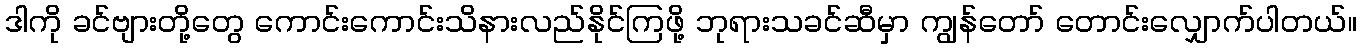
ဒါကို ခင်ဗျားတို့တွေ ကောင်းကောင်းသိနားလည်နိုင်ကြဖို့ ဘုရားသခင်ဆီမှာ ကျွန်တော် တောင်းလျှောက်ပါတယ်။